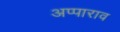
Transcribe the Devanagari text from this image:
अप्पाराव